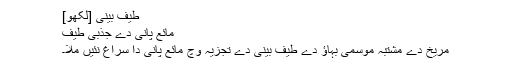
طیف بینی [لکھو]
مائع پانی دے جذبی طیف
مریخ دے مشتبہ موسمی بہاؤ دے طیف بینی دے تجزیہ وچ مائع پانی دا سراغ نئيں ملا۔